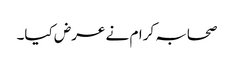
صحابہ کرام نے عرض کیا۔